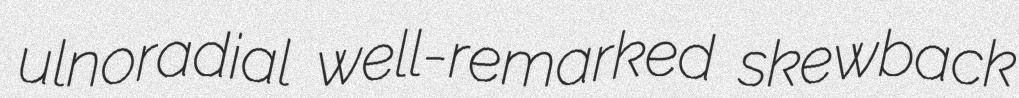
ulnoradial well-remarked skewback